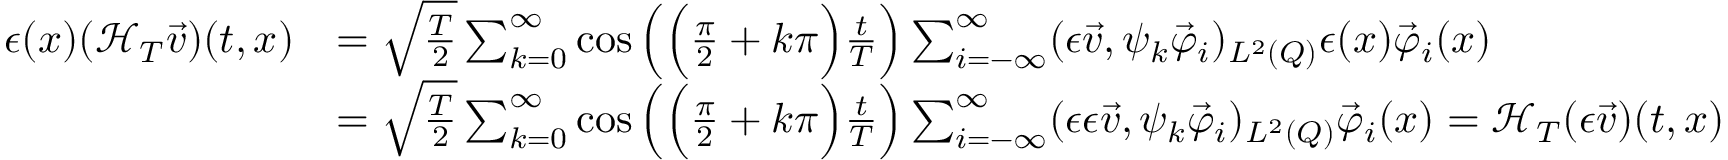
\begin{array} { r l } { \epsilon ( x ) ( { \mathcal { H } } _ { T } \vec { v } ) ( t , x ) } & { = \sqrt { \frac { T } { 2 } } \sum _ { k = 0 } ^ { \infty } \cos \left( \Big ( \frac { \pi } { 2 } + k \pi \Big ) \frac { t } { T } \right) \sum _ { i = - \infty } ^ { \infty } ( \epsilon \vec { v } , \psi _ { k } \vec { \varphi } _ { i } ) _ { L ^ { 2 } ( Q ) } \epsilon ( x ) \vec { \varphi } _ { i } ( x ) } \\ & { = \sqrt { \frac { T } { 2 } } \sum _ { k = 0 } ^ { \infty } \cos \left( \Big ( \frac { \pi } { 2 } + k \pi \Big ) \frac { t } { T } \right) \sum _ { i = - \infty } ^ { \infty } ( \epsilon \epsilon \vec { v } , \psi _ { k } \vec { \varphi } _ { i } ) _ { L ^ { 2 } ( Q ) } \vec { \varphi } _ { i } ( x ) = \mathcal H _ { T } ( \epsilon \vec { v } ) ( t , x ) } \end{array}